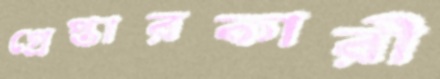
গ্রেপ্তারকারী